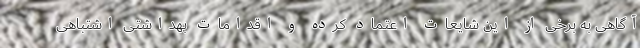
آگاهی به برخی از این شایعات اعتماد کرده و اقدامات بهداشتی اشتباهی